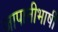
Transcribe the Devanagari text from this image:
जापानीभाषी